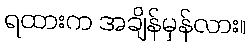
ရထားက အချိန်မှန်လား။